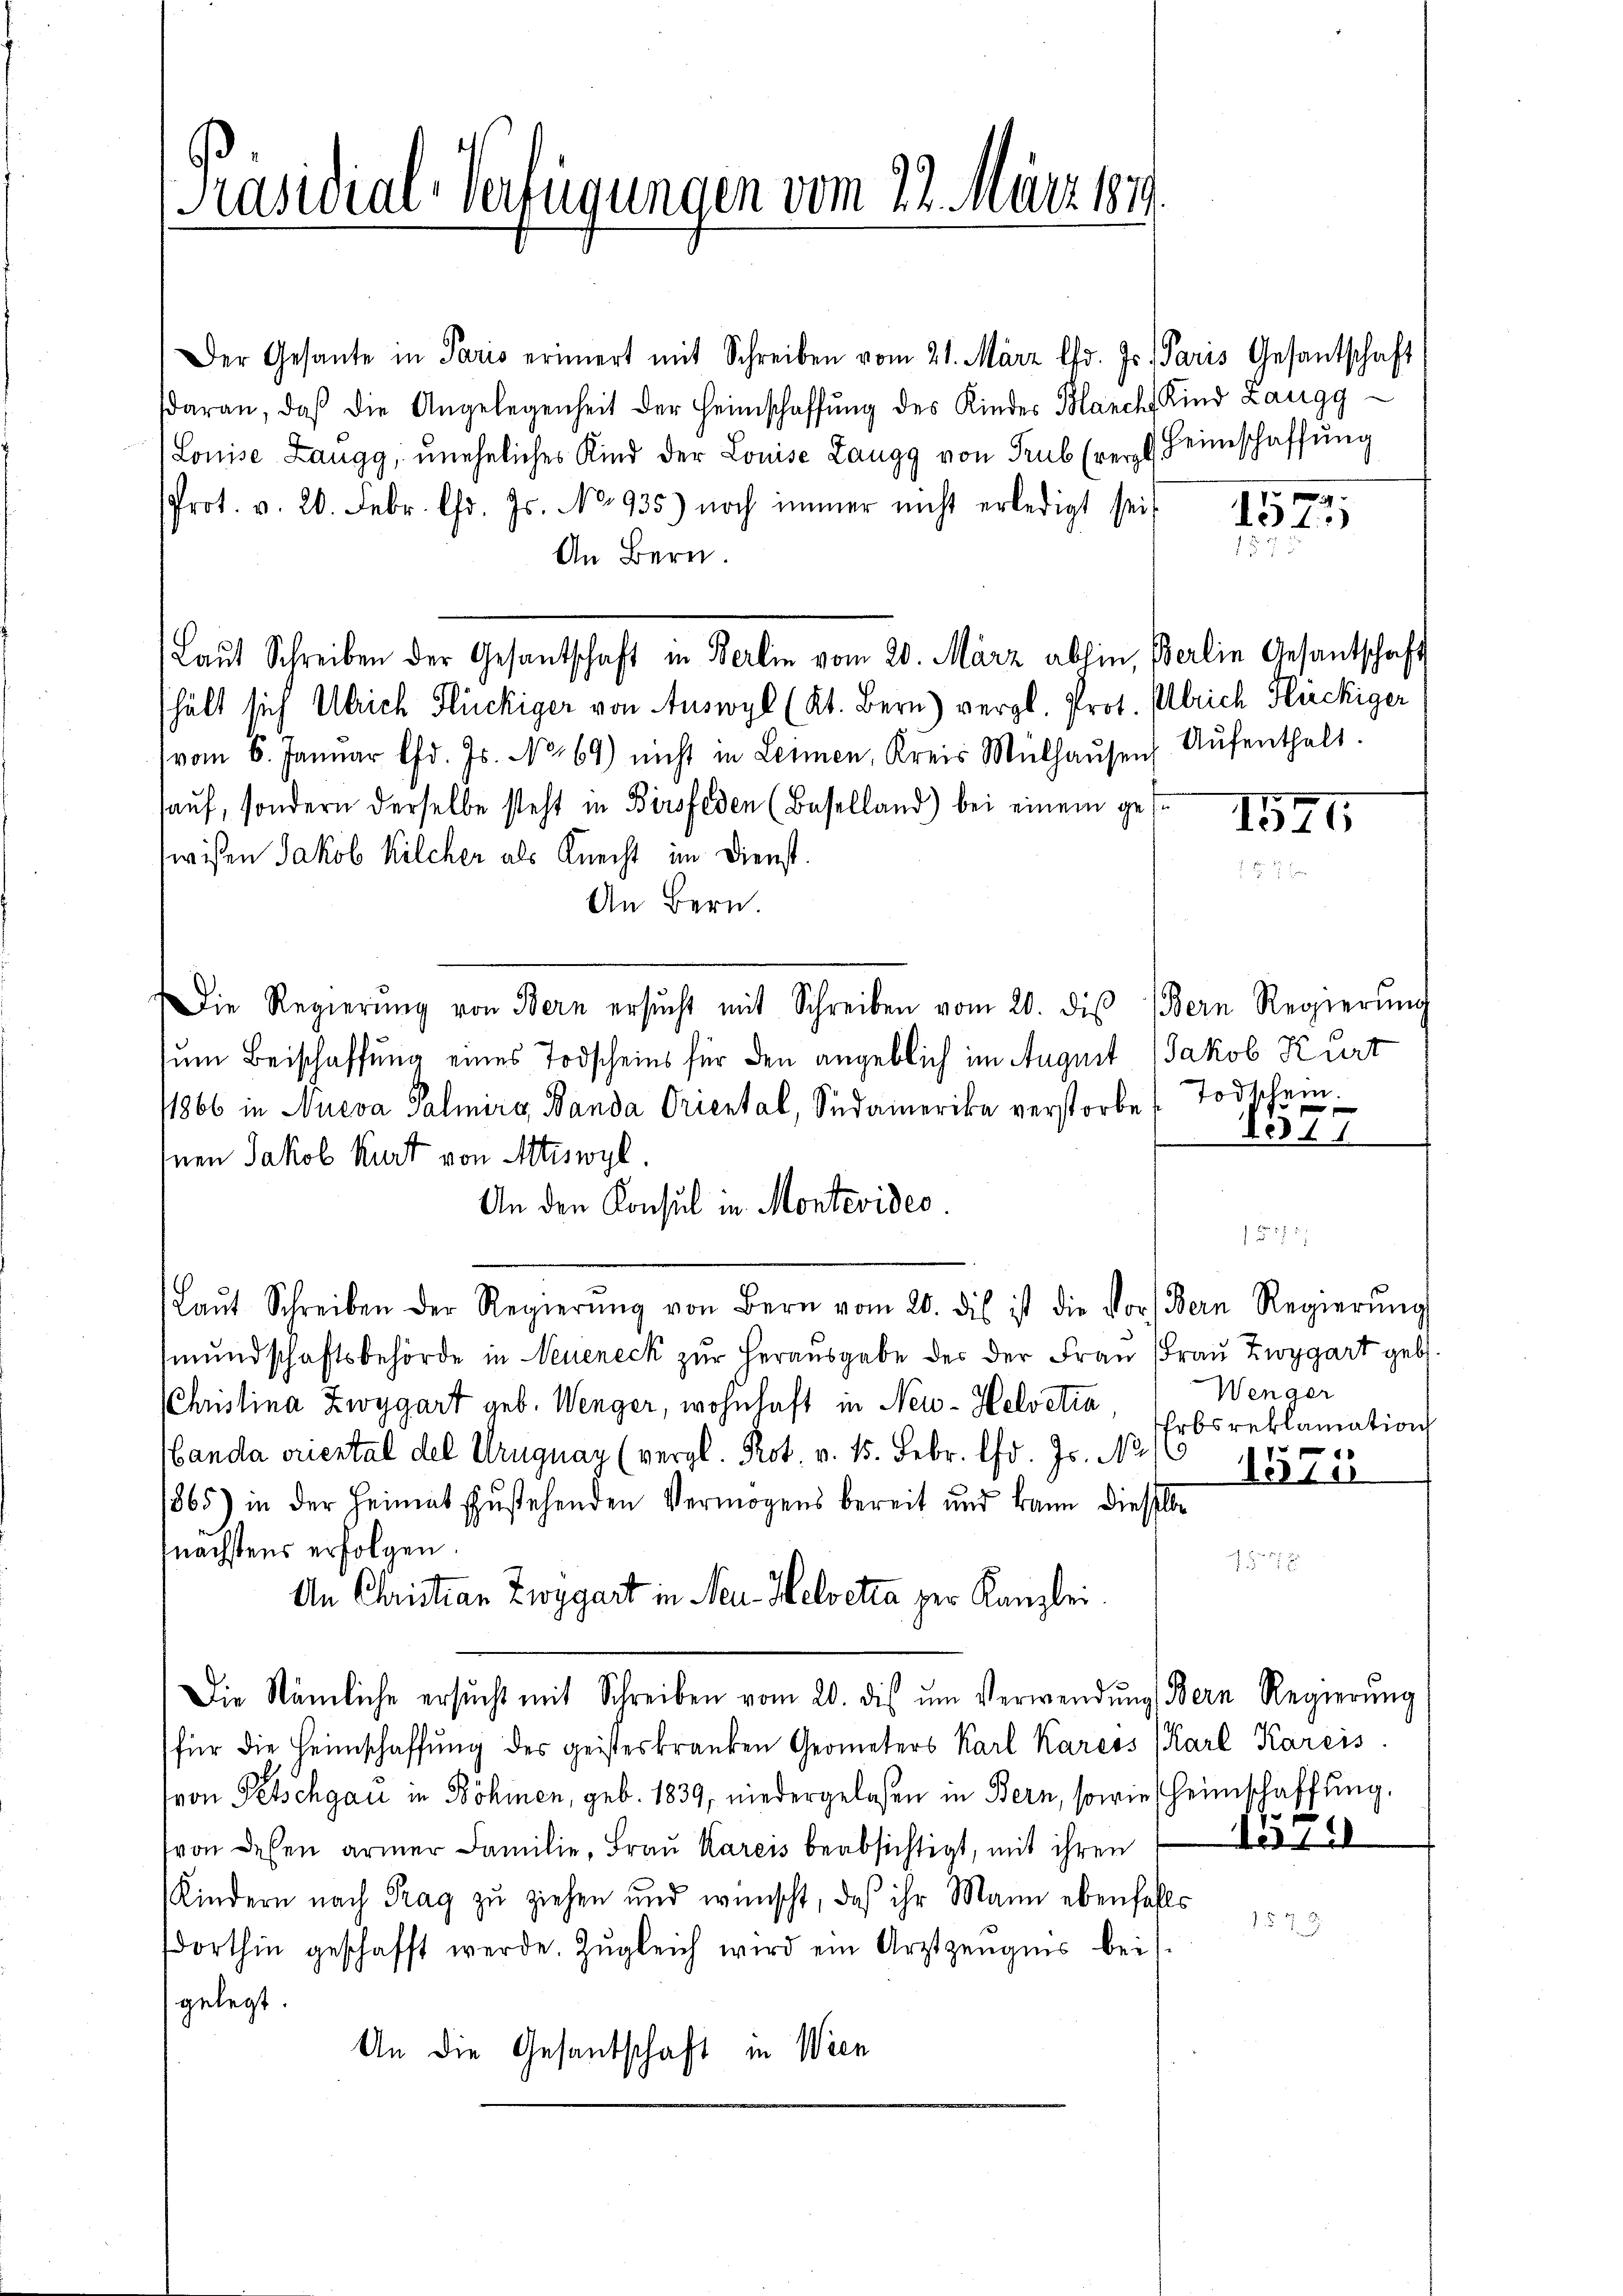
Präsidial-Verfügungen vom 22. März 187

Der Gesante in Paris erinnert mit Schreiben vom 21. März lfd. Js. Paris Gesantschaft
daran, daβ die Angelegenheit der Heimschaffŭng des Kinder Blanch Kind Zaugg
(Louise Langg, uneheliches Kind der Louise Langg von Trub (rer Heimschaffŭng
Prot. v. 20. Febr. l. Js. No 935) noch immer nicht erledigt seit
An Bern.
Laŭt Schreiben der Gesantschaft in Berlin vom 20. März abhin, Berlin Gesantschaft
hält sich Ulrich Flückiger von Auswyl (Kt. Bern) vergl. Prot. Ulrich Fieckiger
(vom 6. Januar lfd. Js. No 69) nicht in Leimen, Kreis Mülhaŭsen Aŭfenthalt.
auf, sondern derselbe steht in Birsfeden (Baselland) bei einem ges
wissen Jakob Kilcher als Knecht im Dienst.

An Bern.
Die Regierŭng von Bern ersŭcht mit Schreiben vom 20. diβ Bern Regierŭng
sum Beischaffung eines Todscheins für den angeblich im Auguit Jakob Kurt
11866 in Nueva Palmirg, Banda Oriental, Südamerika verstorbes Todschein¬
Inen Jakob Kurt von Attiswyl.
An den Konsul in Montevideo
15
Laŭt Schreiben der Regierŭng von Bern vom 20. dies ist die vor Bern Regierŭng
mŭndschaftsbehörde in Neueneck zur herausgabe des der Frau Frau Zwygart geb.
Christina Zwygart geb. Wenger, wohnhaft in Neu- Helvetia
Handa oriestal del Uruguay (vergl. Prot. v. 15. Febr. lfd. Js. Non
865) in der Heimat zustehenden Vermögens bereit und kann dieselbe
nächstens erfolgen.

An Christian Zwygart in Neu- Helvetta per Kanzlei.
Die Nämliche ersŭcht mit Schreiben vom 20. dis ŭm Verwendŭng Bern Regierung
für die Heimschaffŭng des geisteskranken Geometers Karl Karcess (Karl Kareis
von Petschgau in Böhmen, geb. 1839, niedergelesen in Bern, sowie heimschaffung.
von dessen armer Familie, Frau Kareis beabsichtigt, mit ihren
Kindern nach Trag zŭ ziehen und wünscht, daß ihr Mann ebenfalls

orthin geschafft werde. Zŭgleich wird ein Arztzeŭgnis bei
gelegt.
An die Gesantschaft in Wien

1572
2

1544

1377

Wenger
rbsreklamation
e
Teilu